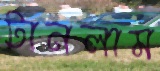
টানলাম